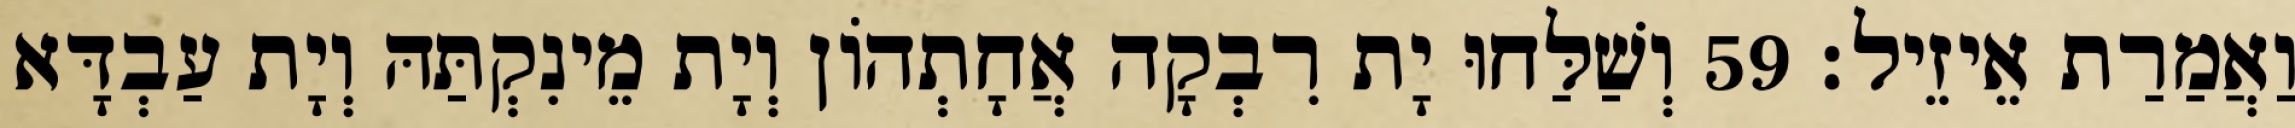
וַאֲמַרַת אֵיזֵיל׃ 59 וְשַׁלַּחוּ יָת רִבְקָה אֲחָתְהוֹן וְיָת מֵינִקְתַּהּ וְיָת עַבְדָּא